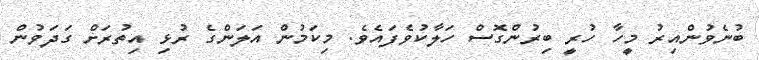
ބުނެވުންއިރު މީހާ ހުރީ ބިރުންގޮސް ހަލާކުވެފައެވެ. މިކަމުން އަލަންގެ ރުޅި އިތުރަށް ގަދަވުން